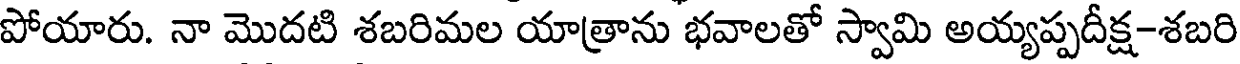
పోయారు. నా మొదటి శబరిమల యాత్రాను భవాలతో స్వామి అయ్యప్పదీక్ష-శబరి